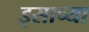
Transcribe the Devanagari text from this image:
इसाच्या